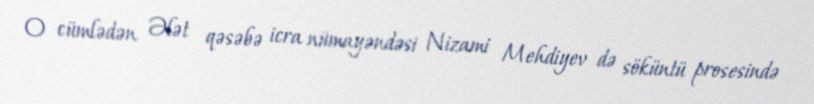
O cümlədən Ələt qəsəbə icra nümayəndəsi Nizami Mehdiyev də söküntü prosesində